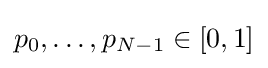
p_{0},\ldots ,p_{N-1}\in [0,1]